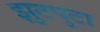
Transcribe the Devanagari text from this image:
झुटपुटा